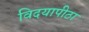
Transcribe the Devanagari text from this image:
विदयापीठा